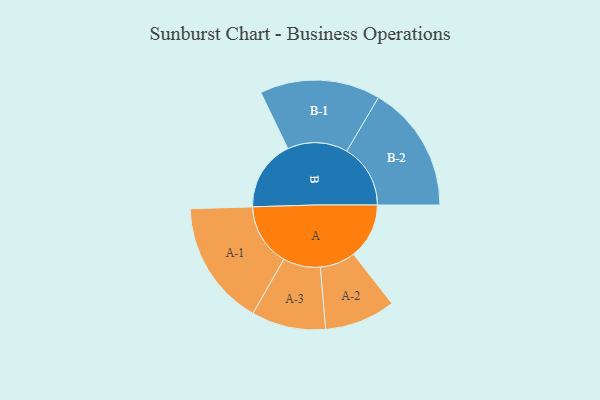
{"axis": {"x": "Segment", "y": "Value"}, "legend": ["", "A", "B"], "data": [{"x": "A", "y": 256, "type": ""}, {"x": "B", "y": 325, "type": ""}, {"x": "A-1", "y": 288, "type": "A"}, {"x": "A-2", "y": 163, "type": "A"}, {"x": "A-3", "y": 171, "type": "A"}, {"x": "B-1", "y": 277, "type": "B"}, {"x": "B-2", "y": 293, "type": "B"}]}